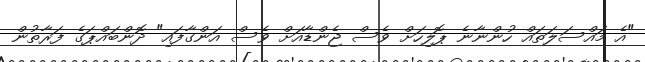
"އެ މައްސަލަތައް ހުންނާނެ ޕޮލިހަށް ވެސް ޖެންޑާއަށް ވެސް އަންގާފައި" ދޮންބައްޕަގެ ފަރާތުން